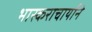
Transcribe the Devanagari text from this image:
भास्कराचार्याने